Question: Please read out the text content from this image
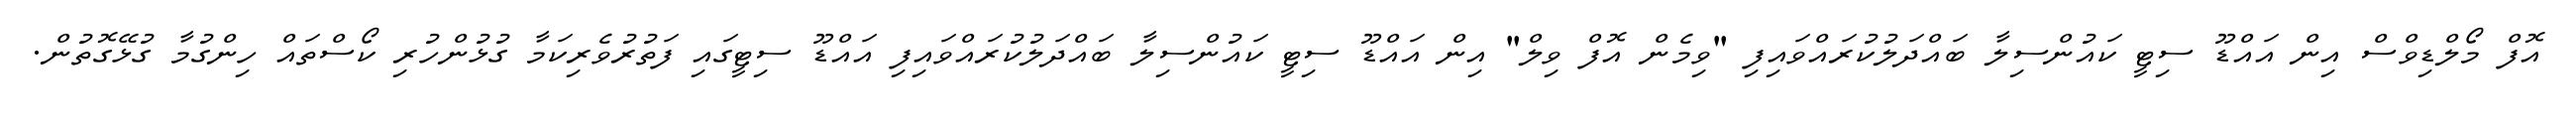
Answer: އޮފް މޯލްޑިވްސް އިން އައްޑޫ ސިޓީ ކައުންސިލާ ބައްދަލުކުރައްވައިފި "ވިމެން އޮފް ވިލް" އިން އައްޑޫ ސިޓީ ކައުންސިލާ ބައްދަލުކުރައްވައިފި އައްޑޫ ސިޓީގައި ފަތުރުވެރިކަމާ ގުޅުންހުރި ކޯސްތައް ހިންގުމާ ގުޅޭގޮތުން.